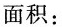
面积：